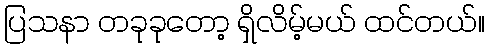
ပြသနာ တခုခုတော့ ရှိလိမ့်မယ် ထင်တယ်။